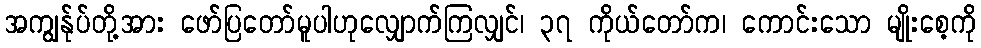
အကျွန်ုပ်တို့အား ဖော်ပြတော်မူပါဟုလျှောက်ကြလျှင်၊ ၃၇ ကိုယ်တော်က၊ ကောင်းသော မျိုးစေ့ကို